Leprosy in India: report of the Leprosy Commission in India, 1890-91
Year: 1890
Disease focus: Leprosy
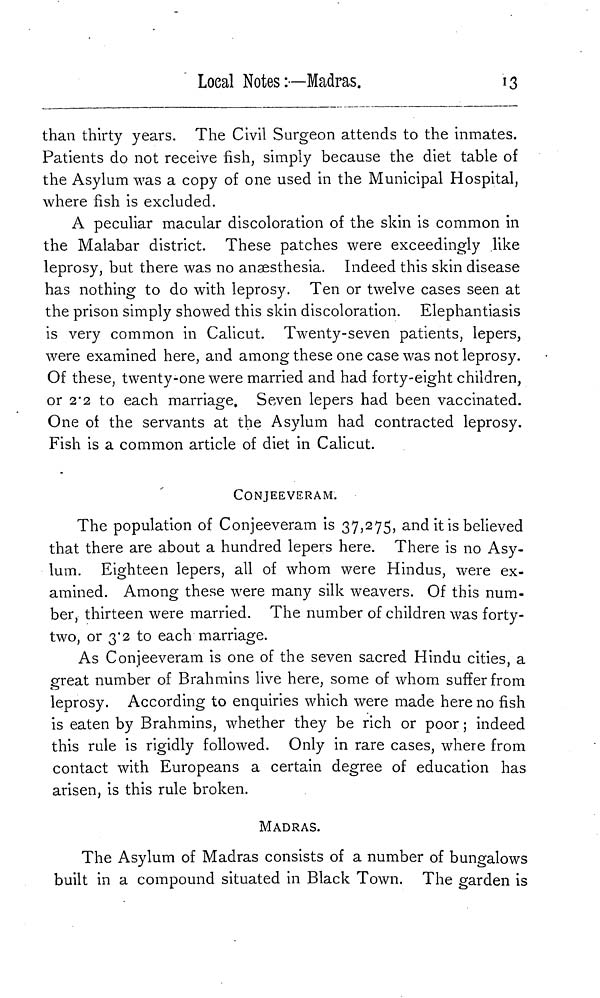
Loeal Notes'.—Madras.
13
than thirty years. The Civil Surgeon attends to the inmates.
Patients do not receive fish, simply because the diet table of
the Asylum was a copy of one used in the Municipal Hospital,
where fish is excluded.
A peculiar macular discoloration of the skin is common in
the Malabar district. These patches were exceedingly like
leprosy, but there was no anaesthesia. Indeed this skin disease
has nothing to do with leprosy. Ten or twelve cases seen at
the prison simply showed this skin discoloration. Elephantiasis
is very common in Calicut. Twenty-seven patients, lepers,
were examined here, and among these one case was not leprosy.
Of these, twenty-one were married and had forty-eight children,
or 2.2 to each marriage. Seven lepers had been vaccinated.
One of the servants at the Asylum had contracted leprosy.
Fish is a common article of diet in Calicut.
CONJEEVERAM.
The population of Conjeeveram is 37,275, and it is believed
that there are about a hundred lepers here. There is no Asy-
lum. Eighteen lepers, all of whom were Hindus, were ex-
amined. Among these were many silk weavers. Of this num-
ber, thirteen were married. The number of children was forty-
two, or 3'2 to each marriage.
As Conjeeveram is one of the seven sacred Hindu cities, a
great number of Brahmins live here, some of whom suffer from
leprosy. According to enquiries which were made here no fish
is eaten by Brahmins, whether they be rich or poor ; indeed
this rule is rigidly followed. Only in rare cases, where from
contact with Europeans a certain degree of education has
arisen, is this rule broken.
MADRAS.
The Asylum of Madras consists of a number of bungalows
built in a compound situated in Black Town. The garden is